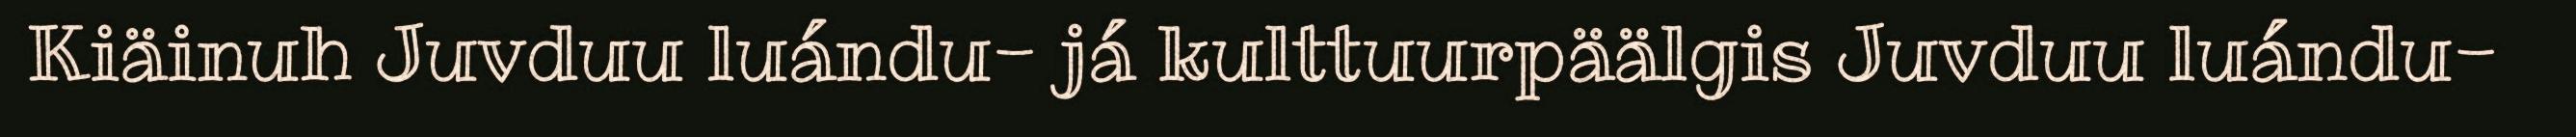
Kiäinuh Juvduu luándu- já kulttuurpäälgis Juvduu luándu-